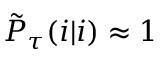
\tilde { P } _ { \tau } ( i | i ) \approx 1